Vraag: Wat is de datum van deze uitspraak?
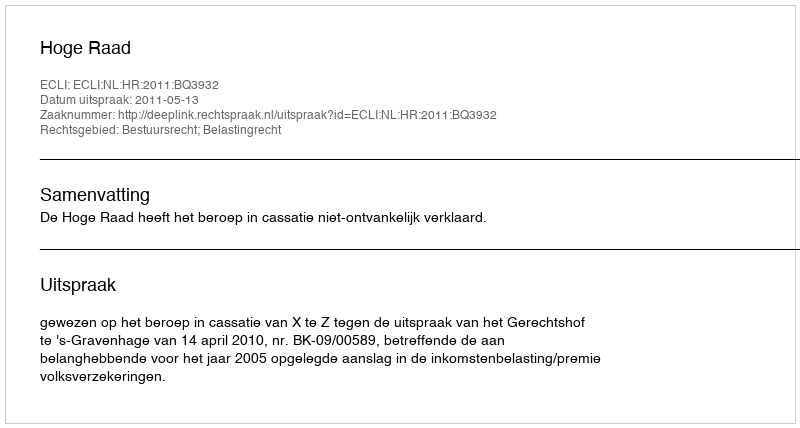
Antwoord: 2011-05-13